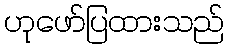
ဟုဖော်ပြထားသည်